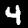
Digit: 4